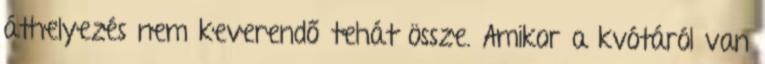
áthelyezés nem keverendő tehát össze. Amikor a kvótáról van